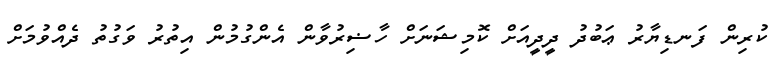
ކުރިން ފަނޑިޔާރު ޢަބުދު ދީދީއަށް ކޮމިޝަނަށް ހާޟިރުވާން އެންގުމުން އިތުރު ވަގުތު ދެއްވުމަށް